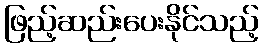
ဖြည့်ဆည်းပေးနိုင်သည့်